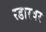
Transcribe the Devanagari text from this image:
रडारवर